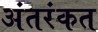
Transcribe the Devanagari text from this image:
अंतरंकत